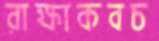
রাক্ষাকবচ